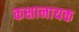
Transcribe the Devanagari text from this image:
कक्षानायक